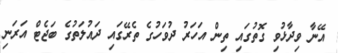
އޭނާ ވިދާޅުވި ގޮތުގައި ތިން އަހަރު ދުވަހުގެ ތެރޭގައި ދައުލަތުގެ ބަޖެޓް އަރަނި